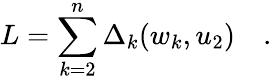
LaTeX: L=\sum_{k=2}^{n}\Delta_{k}(w_{k},u_{2})\quad.